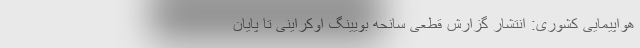
هواپیمایی کشوری: انتشار گزارش قطعی سانحه بویینگ اوکراینی تا پایان